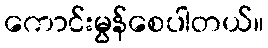
ကောင်းမွန်စေပါတယ်။